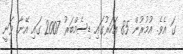
ގަ އެވެ. އުމުރުން 85 އަހަރުގައި ޑިސެމްބަރު 2007 ގައި އޭނާ ވަނީ